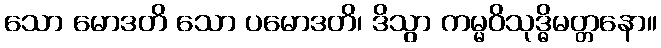
သော မောဒတိ သော ပမောဒတိ၊ ဒိသွာ ကမ္မဝိသုဒ္ဓိမတ္တနော။